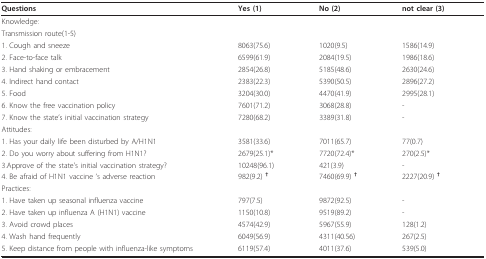
<table><thead><tr><td><b>Questions</b></td><td><b>Yes (1)</b></td><td><b>No (2)</b></td><td><b>not clear (3)</b></td></tr></thead><tbody><tr><td>Knowledge:</td><td></td><td></td><td></td></tr><tr><td>Transmission route(1-5)</td><td></td><td></td><td></td></tr><tr><td>1. Cough and sneeze</td><td>8063(75.6)</td><td>1020(9.5)</td><td>1586(14.9)</td></tr><tr><td>2. Face-to-face talk</td><td>6599(61.9)</td><td>2084(19.5)</td><td>1986(18.6)</td></tr><tr><td>3. Hand shaking or embracement</td><td>2854(26.8)</td><td>5185(48.6)</td><td>2630(24.6)</td></tr><tr><td>4. Indirect hand contact</td><td>2383(22.3)</td><td>5390(50.5)</td><td>2896(27.2)</td></tr><tr><td>5. Food</td><td>3204(30.0)</td><td>4470(41.9)</td><td>2995(28.1)</td></tr><tr><td>6. Know the free vaccination policy</td><td>7601(71.2)</td><td>3068(28.8)</td><td>-</td></tr><tr><td>7. Know the state&#x27;s initial vaccination strategy</td><td>7280(68.2)</td><td>3389(31.8)</td><td>-</td></tr><tr><td>Attitudes:</td><td></td><td></td><td></td></tr><tr><td>1. Has your daily life been disturbed by A/H1N1</td><td>3581(33.6)</td><td>7011(65.7)</td><td>77(0.7)</td></tr><tr><td>2. Do you worry about suffering from H1N1?</td><td>2679(25.1)*</td><td>7720(72.4)*</td><td>270(2.5)*</td></tr><tr><td>3.Approve of the state&#x27;s initial vaccination strategy?</td><td>10248(96.1)</td><td>421(3.9)</td><td>-</td></tr><tr><td>4. Be afraid of H1N1 vaccine &#x27;s adverse reaction</td><td>982(9.2) <sup><b>†</b></sup></td><td>7460(69.9) <sup><b>†</b></sup></td><td>2227(20.9) <sup><b>†</b></sup></td></tr><tr><td>Practices:</td><td></td><td></td><td></td></tr><tr><td>1. Have taken up seasonal influenza vaccine</td><td>797(7.5)</td><td>9872(92.5)</td><td>-</td></tr><tr><td>2. Have taken up influenza A (H1N1) vaccine</td><td>1150(10.8)</td><td>9519(89.2)</td><td>-</td></tr><tr><td>3. Avoid crowd places</td><td>4574(42.9)</td><td>5967(55.9)</td><td>128(1.2)</td></tr><tr><td>4. Wash hand frequently</td><td>6049(56.9)</td><td>4311(40.56)</td><td>267(2.5)</td></tr><tr><td>5. Keep distance from people with influenza-like symptoms</td><td>6119(57.4)</td><td>4011(37.6)</td><td>539(5.0)</td></tr></tbody></table>